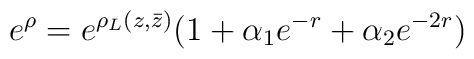
e^{\rho }=e^{\rho _L(z,\bar{z})}(1+ \alpha_1e^{-r}+\alpha_2e^{-2r})